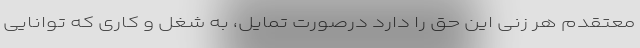
معتقدم هر زنی این حق را دارد در‌صورت تمایل، ‌به شغل و کاری که توانایی